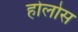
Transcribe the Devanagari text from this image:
होलोस